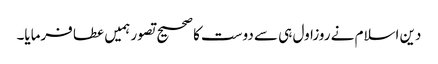
دین اسلام نے روزاول ہی سے دوست کا صحیح تصور ہمیں عطا فرمایا۔